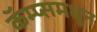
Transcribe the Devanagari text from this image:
कॅम्प्समधून